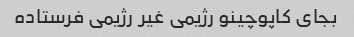
بجای کاپوچینو رژیمی غیر رژیمی فرستاده